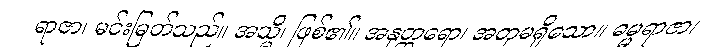
ရာဇာ၊ မင်းမြတ်သည်။ အသ္မိ၊ ဖြစ်၏။ အနုတ္တရော၊ အတုမရှိသော။ ဓမ္မရာဇာ၊